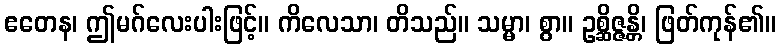
ဧတေန၊ ဤမဂ်လေးပါးဖြင့်။ ကိလေသာ၊ တိသည်။ သမ္မာ၊ စွာ။ ဥစ္ဆိဇ္ဇန္တိ၊ ဖြတ်ကုန်၏။